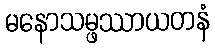
မနောသမ္ဖဿာယတနံ